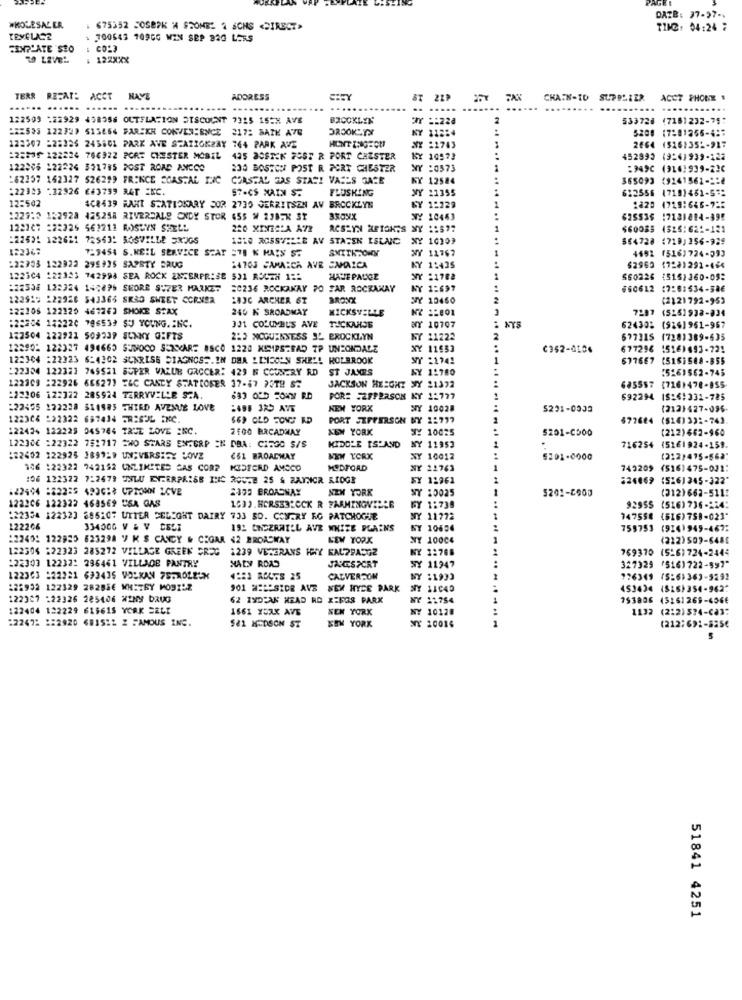
AGEE
DATB: 37-27-w
WHOLESALER
. 675352 SOSBAK H STONES 2 SCHS <DIRECT>
TIME: 04:24 :
TEXELASZ
. 700543 1090G WIN SEP 220 LORS
FINPLATE SEO
2 LEVEL
. 122XXX
TERR REFAIS ACCT HAY
HAVE
ADDRESS
CHAIN-ID SUPPLIER
POLIER ACCT PHONE #
.... ..
.. .....
...
122509 :22929 438356 OUTFLATION STSCOUNT 7325 155X AVE
BROOKLYN
WY :: 228
533728 (7181232-75:
222535 122327 513664 FAREKH CONVENIENCE
217: BAIK AVE
KY
KY 112:4
5200 (7:81256-4:"
122307 225326 243801 PARK AVE STATIGKZAY 764 PARK AVE
HONT THIGHOU
NY :2743
2664 (516:351-917
122335 122224 766922 PORT CHESTER MOBIL
435 DOSTCK POST R PORT CHESTER
KY 10573
452893 (9:4)939-122
122006 122226 331785 POST ROAD AN300
230 BOSTON POST R PORT CHESTER
WY :0573
:949C (9141939-226
182257 162327 526299 FRENCE COASTAL PIC
COASTAL GAS STASI VASES GARE
KY 12584
365093 19241561-11
:22923 32926 643799 R4T =KC
$7-CS MAIN S.
FLUSHING
612556 17181481-572
SY 1:229
WY 21355
12:502
4CR439 WAHT STATIONARY SOR 2730 GERRITSEN AV BRCCKLYN
2820 4718:646-725
1229:0 132928 425258 RIVERDALE CXDY STOR 655 # 23BEK ST
NY 10463
625535 17121814-395
625535
122107 :22326 562211 ROSLYN SHELL
220 XINICIA A7R
RCSLYN AFISK'S NY 1:577
$60083 4325:621-121
:22521 122621 72563: BOSVILLE SR3GS
1310 ROSSVILLE AV STASEN ESENIC
NY 1
564728
564728 1710,256-929
122367
SMITKOWY
723454 S.WEIL SERVICE SCAT =78 K MAIS S.
NY 11767
4692 (516)724-593
:22903 122922 295935 SAPSTY BRUG
24703 JAMAICA AVE JAMAICA
KY 1:435
62969 17281292-464
122304 122121 742998 SEA ROCK ENTERPRISE 531 ROGEN 1 ::
HATTE PAUGE
NY :178ª
S602.26
(515)360-05:
:22508 122324 142875 SHORE SUPER MARKET
80236 ROCKAWAY PO FAR ROCKAWAY
NY 1:697
660612 17:01634-386
122919 222926 543365 SK83 SWEET CORNER
283C ARCHER 6T
BRONX
NY 10460
(2121792-953
122106 122120 467243 SHOKE STAX
240 N SROADMAY
MICKSVILLE
7287 (5251938-834
:22204 122220 796533 SU YOUNG.INC.
301 COLUMBUS AVE
TUCKAHOE
WY 10707
NYS
624301 (9761961-967
122504 122921 509239 SENKY GIFTS
223 MCGUINNESS SL BROCKLYN
Y 11222
677315 (728)389-635
12290- 122327 494665 SUNOCO S XXARE ASCO 1220 MIRIPSTRAD TP UNEONDALE
NY 11953
...
C362-4106
677296 1516)693-721
12:304 :22323 6-4302 SUNRISE DIAGNOSS. IN DER LINCOLN SHELL HOLBROOK
NY :174!
677667 (5163508-855
222304 122323 765521 SUPER VALUE GROCER: 429 N COUNTRY RD
ST JAMES
AY 1:780
:5261562-745
122309 :22926 66627] T&C CANDY STATROSER 37-67 73TH S
JACKSON HEIGHT SY 21372
685557
(7161478-855
122106 122322 285924 TERRYVILLE S.A.
POR: 2FPERSON KY 11777
692294 18:6:331-785
692294
222455 122228 311983 THIRD AVENUE LOVE
2498 325 AVE
NEW YORK
10028
5231-0033
(2121427-096-
122306 222322 637414 FR3636 ENC.
PORT STFFERSON NY 1:777
677624 (514) 332-743
122434 122229 045784 TRUE LOVE INC.
7100 BRCADHAY
NEM YORK
SY 10025
5201-0500
(212)662-960
.
122306 :22322 751717 =WO STARS ENTERP EN DBA: CITGO S/S
KIDDLE TSPAND
NY 11952
716254 15261924-159.
:22402 122925 1899:" UM;VERSESY LOVE
CS1 BROADWAY
NY 10012
5201-0000
(212)475-568:
146 :22322 742152 UNLIMITED CAS CORP KIDEERD AMOCO
MEDFORD
NY 22763
743209 (516)475-021:
106 122322 7:2679 THLU ETZERPRISE INIC ROU-2 25 4 RAYNOR RIDGE
WY 12961
524069
(526) 345-322"
2333 BROADWAY
NEW YORK
NY 10025
5201-5600
(312)662-511!
122206 122322 468569 USA GAS
1633.HORSE32CCK R FARMINGVILLE
BY 1:738
92955
92955 (516)736-124:
:22356 122323 886107 UTTER DELIGHT DAIRY 733 50. COM.RY RG PATCHOGUE
NY 11772
747558
(516)758-023"
122206
334000 V & V DELI
192 ENMERRILL AVE WHITE PLAINS
NY 10654
759753 (9141945-467:
12240: 122925 623298 7 K $ CANCY & CEGAR <2 BROADWAY
NEW YORK
NY 10004
(222)509-6485
122304 :22323 285272 VILLAGE GREEK SREC
1239 VETERANS HAY KALPPASGZ
NY 1:768
769370 (526)724-2444
122303 122322 296461 VILLADE PANTRY
XAty ROAD
JALESPORT
NY 11947
327329 (516)722-897"
122363 :22221 633435 VOLKAN 75-20185X
CADVERSON
NY :1933
176349 (5:6)363-5292
:25932 122329 28285€ MMETRY MOSTLZ
901 2:SIDE AVB
NEM HYDE PARK
NY 11040
453434 (815) 354-9627
122327 -22326 285406 WINY DRUG
62 INDIAN HEAD HD XEROS PARX
NY 11754
753806 43161269-456€
122404 132229 615615 YORK SELT
1661 YORK AVE
NEW YORK
NY 10128
1132 (212)574-Ca3:
:2247: 122920 681512 2 FAMOUS INC.
NEW YORK
NT 20014
---- 11-11
581 HODSON ST
(212;691-525€
5
51841 4251